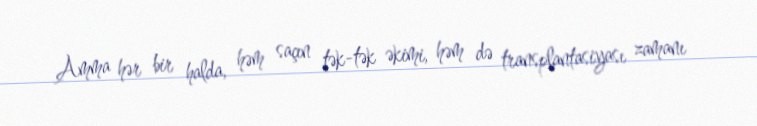
Amma hər bir halda, həm saçın tək-tək əkimi, həm də transplantasiyası zamanı